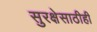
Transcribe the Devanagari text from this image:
सुरक्षेसाठीही